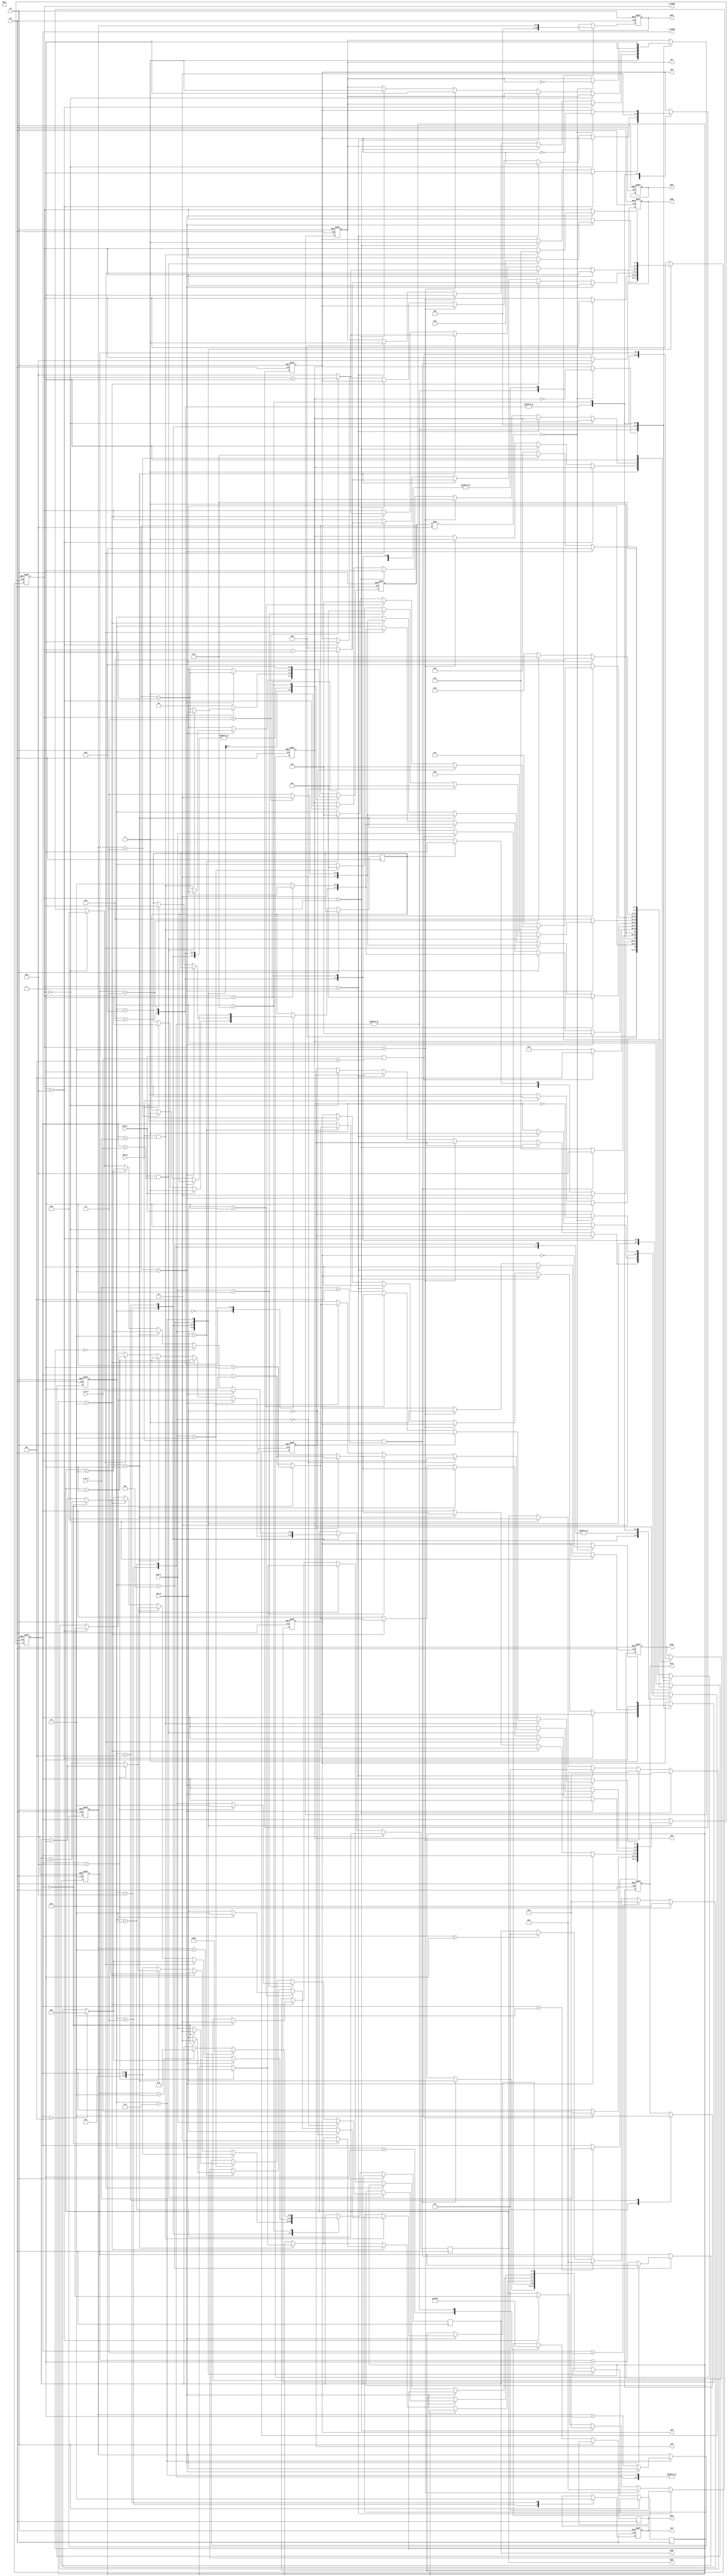
module hockey(

    input clk,
    input rst,
    
    input BTN_A,
    input BTN_B,
    
    input [1:0] DIR_A,
    input [1:0] DIR_B,
    
    input [2:0] Y_in_A,
    input [2:0] Y_in_B,
   
    
    output reg [6:0] SSD7,
    output reg [6:0] SSD6,
    output reg [6:0] SSD5,
    output reg [6:0] SSD4, 
    output reg [6:0] SSD3,
    output reg [6:0] SSD2,
    output reg [6:0] SSD1,
    output reg [6:0] SSD0, 
    
	output reg [2:0] X_COORD,
	output reg [2:0] Y_COORD,

    output reg LD0,
    output reg LD5,
    output reg LD6,
    output reg LD7,
    output reg LD8,
    output reg LD9,
    output reg LD15
  
  

    );


    

    parameter [3:0] IDLE = 0;
    parameter [3:0] DISP = 1;
    parameter [3:0] HIT_A = 2;
    parameter [3:0] HIT_B = 3;
    parameter [3:0] SEND_A = 4;
    parameter [3:0] SEND_B = 5; 
    parameter [3:0] RESP_A = 6;
    parameter [3:0] RESP_B = 7;
    parameter [3:0] GOAL_A = 8;
    parameter [3:0] GOAL_B = 9;
    parameter [3:0] END_state = 10;


    
    reg Turn;
    reg [1:0] Timer;
    reg [1:0] direction_Y;
    reg [1:0] Score_A;
    reg [1:0] Score_B;


    reg [3:0] State; 

    
    
    
    
    


    always @(posedge clk or posedge rst) //comb. part for state transitions
    begin

        if(rst) begin
            State <= IDLE;
            
            Timer <= 0;
            
            
            Score_A <= 0;
            Score_B <= 0;
            X_COORD <= 0;
            Y_COORD <= 0;
            SSD2 <= 7'b0000000; // Turn off SSD
            SSD0 <= 7'b0000000;
            SSD7 <= 7'b0000000;
            SSD6 <= 7'b0000000;
            LD0 <=0;
            LD5 <=0;
            LD6 <=0;
            LD7 <=0;
            LD8 <=0;
            LD9 <=0;
            LD15 <=0;
            

            
        end



        else begin
            
        
        case(State)
        IDLE:
        begin

        if(BTN_A  == 1)
        begin
            Turn<= 0;
            State <= DISP; 
        end

        else if(BTN_B == 1)begin
            Turn<= 1;  
            State <= DISP; 
        end

        else begin
            State <=IDLE ;
        end
        end


        DISP://show initial score for 2 seconds 
        begin
            SSD2<=Score_A;//display scores
            SSD1 <= 7'b1111110;
            SSD0<=Score_B;
            if(Timer < 2) begin
                
                Timer <= Timer + 1;
                State <= DISP;

            end

            else begin
                Timer <= 0 ;

                if(Turn == 1)begin
                    State <= HIT_B; 
                end

                else begin
                    State <= HIT_A; 
                end

            end

        end


        HIT_B: begin
            LD9<=0;
            LD8<=0;
            LD7<=0;
            LD6<=0;
            LD5<=0;
            LD0<=1;//expecting hit from B
            SSD2 <= 7'b0000000; // Turn off SSD
            SSD0 <= 7'b0000000;
            SSD1 <= 7'b0000000;

        if(BTN_B == 1 && (Y_in_B <5)) begin
            X_COORD <= 4;
            Y_COORD <= Y_in_B;
            direction_Y <= DIR_B;
            State <= SEND_A; 
            
        end

        else begin
            State <= HIT_B; 
        end
        end

        HIT_A: begin
            LD9 <= 0;
            LD8 <= 0;
            LD7 <= 0;
            LD6 <= 0;
            LD5 <= 0;
            LD15 <=1; //expecting Hit from A
            SSD2 <= 7'b0000000; // Turn off SSD
            SSD0 <= 7'b0000000;
            SSD1 <= 7'b0000000;

        if(BTN_A == 1 && (Y_in_A < 5)) begin
            X_COORD <= 0;
            Y_COORD <= Y_in_A;
            direction_Y <= DIR_A;
            State <= SEND_B; 

        end

        else begin
            State <= HIT_A; 
        end
        end

        SEND_A:  begin
            LD0<=0;
            //ld logic
            if(X_COORD==4)begin LD9<=1;SSD4<=4; end
            else if(X_COORD==3)begin LD9<=0; LD8<=1;SSD4<=3; end
            else if(X_COORD==2)begin LD8<=0; LD7<=1;SSD4<=2; end
            else if(X_COORD==1)begin LD7<=0; LD6<=1;SSD4<=1; end
            else if(X_COORD==0)begin LD6<=0; LD5<=1;SSD4<=0; end
          
            SSD5<=Y_COORD;
            if(Timer < 2)begin
                Timer <= Timer + 1;
                State<=SEND_A;
            end

            else begin
               Timer <= 0;

               if(direction_Y == 0) begin // straight direction
                if(X_COORD > 1)begin
                    X_COORD <= X_COORD -1;
                    SSD4<=SSD4-1;
                    State <= SEND_A;
                end

                else begin
                    X_COORD <= 0;
                    SSD4<=SSD4-1;
                    State <= RESP_A; 
                end
               end


               if(direction_Y == 2'b01)begin // up direction
                 if(Y_COORD == 4)begin
                    direction_Y <= 2'b10;
                    Y_COORD <= Y_COORD - 1;  
                    SSD5<=SSD5-1;  
                    if(X_COORD > 1)begin
                        X_COORD <= X_COORD -1;
                        SSD4<=SSD4-1;
                        State <= SEND_A;  
                    end
                    else begin
                        X_COORD <= 0;
                        SSD4<=SSD4-1;
                        State <= RESP_A; 
                    end
                end

                else begin
                    Y_COORD <= Y_COORD + 1;
                    SSD5<=SSD5+1;
                    if(X_COORD > 1)begin
                        X_COORD <= X_COORD -1;
                        SSD4<=SSD4-1;
                        State <= SEND_A  ;    
                    end
                    else begin
                        X_COORD <= 0;
                        SSD4<=SSD4-1;
                        State <= RESP_A; 
                    end
                end
               end

               if(direction_Y == 2'b10)begin //down direction
                   if(Y_COORD == 0)begin
                    direction_Y <= 2'b01;
                    Y_COORD <= Y_COORD + 1;
                    SSD5<=SSD5+1; 

                    if(X_COORD > 1)begin
                        X_COORD <= X_COORD -1;
                        SSD4<=SSD4-1;
                        State <= SEND_A   ;   
                    end
                    else begin
                        X_COORD <= 0;
                        SSD4<=SSD4-1;
                        State <= RESP_A; 
                    end

                   end

                   else begin
                    Y_COORD <= Y_COORD - 1;
                    SSD5<=SSD5-1; 

                    if(X_COORD > 1)begin
                        X_COORD <= X_COORD -1;
                        SSD4<=SSD4-1;
                        State <= SEND_A  ;    
                    end
                    else begin
                        X_COORD <= 0;
                        SSD4<=SSD4-1;
                        State <= RESP_A; 
                    end
                   end



                end

            end

        end
      
        SEND_B: begin
            LD15<=0;
            if(X_COORD==0)begin LD5<=1;SSD4<=0; end
            else if(X_COORD==1)begin LD5<=0; LD6<=1;SSD4<=1; end
            else if(X_COORD==2)begin LD6<=0; LD7<=1;SSD4<=2; end
            else if(X_COORD==3)begin LD7<=0; LD8<=1;SSD4<=3; end
            else if(X_COORD==4)begin LD8<=0; LD9<=1;SSD4<=4; end
            if(Y_COORD==5)begin SSD5<=5; end
            else if(Y_COORD==4)begin  SSD5<=4; end
            else if(Y_COORD==3)begin  SSD5<=3; end
            else if(Y_COORD==2)begin  SSD5<=2; end
            else if(Y_COORD==1)begin  SSD5<=1; end
            if(Timer < 2) begin
                Timer <= Timer + 1;
                State <= SEND_B;
            end
            else begin
                Timer <= 0;

                if(direction_Y == 2'b00) begin // straight
                    if(X_COORD < 3)begin
                        X_COORD <= X_COORD + 1;
                        SSD4 <= SSD4 +1;
                        State <= SEND_B;
                    end

                    else begin
                        X_COORD <= 4;
                        SSD4<=SSD4+1;
                        State <= RESP_B;
                    end
                end

                else if(direction_Y == 2'b01)begin//up
                    if(Y_COORD == 4)begin
                        direction_Y <= 2'b10;
                        Y_COORD <= Y_COORD - 1;
                        SSD5<=SSD5-1;
                         
                        if(X_COORD < 3)begin
                            X_COORD <= X_COORD + 1;
                            SSD4<= SSD4+1;
                            State <= SEND_B;
                        end
    
                        else begin
                            X_COORD <= 4;
                            SSD4<=SSD4+1;
                            State <= RESP_B;
                        end


                    end

                    else begin
                        Y_COORD <= Y_COORD + 1;
                        SSD5<=SSD5+1;

                        if(X_COORD < 3)begin
                            X_COORD <= X_COORD + 1;
                            SSD4<=SSD4+1;
                            State <= SEND_B;
                        end
    
                        else begin
                            X_COORD <= 4;
                            SSD4<=SSD4+1;
                            State <= RESP_B;
                        end
                    end
                    
                end


                else if(direction_Y == 2'b10) begin//down
                        if(Y_COORD == 0)begin

                            direction_Y <= 2'b01;
                            Y_COORD <= Y_COORD + 1;
                            SSD5<=SSD5+1;

                            if(X_COORD < 3)begin
                                X_COORD <= X_COORD + 1;
                                SSD4<=SSD4+1;
                                State <= SEND_B;
                            end
        
                            else begin
                                X_COORD <= 4;
                                SSD4<=SSD4+1;
                                State <= RESP_B;
                            end
                        end

                        else begin
                            Y_COORD <= Y_COORD - 1;
                            SSD5<=SSD5-1;

                            if(X_COORD < 3)begin
                                X_COORD <= X_COORD + 1;
                                SSD4<=SSD4+1;
                                State <= SEND_B;
                            end
        
                            else begin
                                X_COORD <= 4;
                                SSD4<=SSD4+1;
                                State <= RESP_B;
                            end
                         end
                end

            end
        end


    RESP_A: begin
     LD5<=0;
     if(Timer < 2)begin

        if(BTN_A == 1 && (Y_COORD == Y_in_A))begin
          X_COORD <= 1;
          Timer <= 0;
        
          if(DIR_A == 2'b00) begin
            direction_Y <= DIR_A;
            State <= SEND_B;
            end

          else if(DIR_A == 2'b01) begin

            if(Y_COORD == 4)begin
                direction_Y <= 2'b10;
                Y_COORD <= Y_COORD -1;
                State <= SEND_B;
            end

            else begin
                direction_Y <= DIR_A;
                Y_COORD <= Y_COORD +1;
                State <= SEND_B;

            end
            
          end


          else if(DIR_A == 2'b10)begin
            
            if(Y_COORD == 0)begin
                direction_Y <= 2'b01;
                Y_COORD <= Y_COORD + 1;
                State <= SEND_B;

            end

            else begin
                direction_Y <= DIR_A;
                Y_COORD <= Y_COORD - 1;
                State <= SEND_B;
            end



          end


        end

        else begin
            Timer <=Timer + 1;
            State <= RESP_A;
    
    
         end
        
     end

     else begin
        Timer <= 0;
        Score_B <= Score_B + 1;
       

        State <= GOAL_B;

     end

    end




    RESP_B: begin
    LD9<=0;
    if(Timer < 2)begin
       if(BTN_B== 1 && (Y_COORD == Y_in_B))begin
        X_COORD <= 3;
        Timer <= 0;

        if(DIR_B == 2'b00)begin
            direction_Y <= DIR_B;
            State <= SEND_A;
        end

        else if(DIR_B == 2'b01) begin
            if(Y_COORD == 4)begin
                direction_Y <= 2'b10;
                Y_COORD <= Y_COORD -1;
                State <= SEND_A;
            end

            else begin
                direction_Y <= DIR_B   ;
                Y_COORD <= Y_COORD + 1;
                State <= SEND_A;
            end
        end

        else if(DIR_B == 2'b10) begin

            if(Y_COORD == 0)begin
                direction_Y <= 2'b01;
                Y_COORD <= Y_COORD +1;
                State <= SEND_A;
            end

            else begin
                direction_Y <= DIR_B;
                Y_COORD <= Y_COORD -1;
                State <= SEND_A;
            end
            
        end


       end

       else begin
        Timer <= Timer + 1;
        State <= RESP_B;
       end
    end


    else begin
        Timer <= 0;
        Score_A <= Score_A + 1;
        State <= GOAL_A; 
    end

    end

    
   
  
    GOAL_B: begin
        LD9<=1;
        LD8<=1;
        LD7<=1;
        LD6<=1;
        LD5<=1;
        SSD0<=Score_B;
        SSD2<=Score_A;
        if(Timer < 2) begin
            Timer <= Timer + 1;
            State <= GOAL_B; 
        end
        else begin
            Timer <= 0;

            if(Score_B == 3) begin
                Turn <= 1; 
                State <= END_state; 
            end

            else begin
                State <= HIT_A; 
            end
        end


    end

    GOAL_A: begin
        LD9<=1;
        LD8<=1;
        LD7<=1;
        LD6<=1;
        LD5<=1;
        SSD2<=Score_A;
        SSD0<=Score_B;
        if(Timer < 2)begin
            Timer <= Timer + 1;
            State <= GOAL_A; 
        end
        else begin
            Timer <= 0;

            if(Score_A == 3)begin
                Turn <= 0;
                State <= END_state; 
            end

            else begin
                State <= HIT_B; 
            end
        end




    end
    

    END_state: begin
        SSD0<=Score_B;
        SSD2<=Score_A;
        if(Score_A==2'b10)begin SSD5<= 7'b1100000; end
        else if(Score_B==2'b10)begin SSD5<= 7'b0001000; end
        if (Timer % 4 == 0) begin
            LD9 <= ~LD9; // Toggle LD9
            LD8 <= ~LD8; // Toggle LD8
            LD7 <= ~LD7; // Toggle LD7
            LD6 <= ~LD6; // Toggle LD6
            LD5 <= ~LD5; // Toggle LD5
        end
        
    
        // Increment Timer
        Timer <= Timer + 1;    
        State <= END_state; 
    end





endcase

end

end




    
    
endmodule